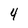
Character: 4